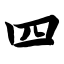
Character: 四